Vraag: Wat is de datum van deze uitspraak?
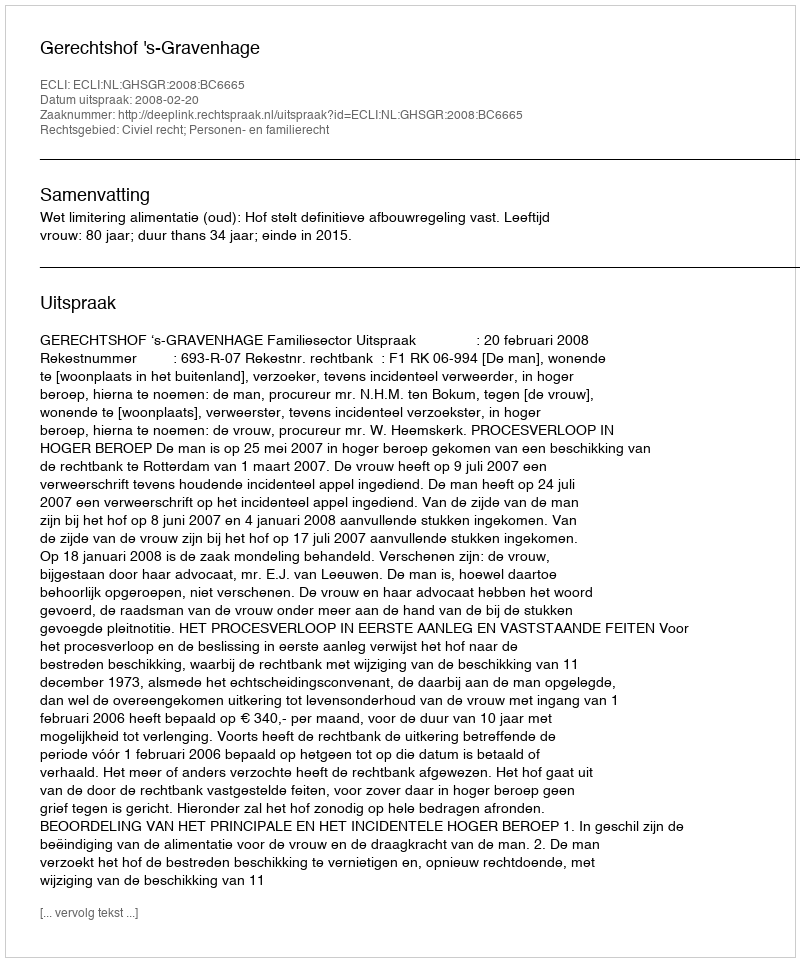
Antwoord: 2008-02-20